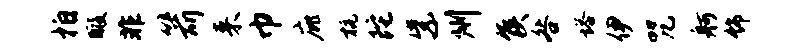
拍暇非箭来巾庇杭陀紫州侯咎塔伊咒舸饰